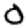
Digit: 0